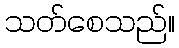
သတ်စေသည်။